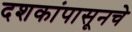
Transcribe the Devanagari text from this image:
दशकांपासूनचे